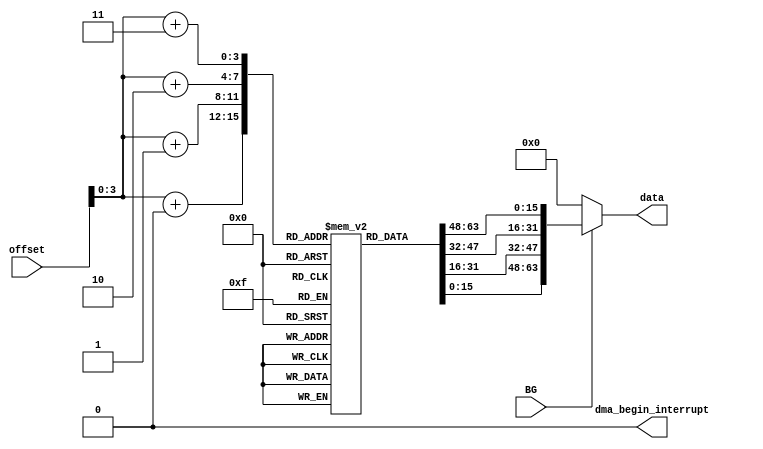
`timescale 1ns/1ns	

`define WORD_SIZE 16
`define BLOCK_SIZE 64


// This is a SAMPLE. You should design your own external_device.
module external_device (data, BG, offset, dma_begin_interrupt);
	
	/* input */
	input BG;    
	input [`WORD_SIZE-1:0] offset;  
    
	/* output */
	output reg dma_begin_interrupt;
	output wire [`BLOCK_SIZE-1:0] data;
	
	/* external device storage */
	reg [`WORD_SIZE-1:0] stored_data [11:0];

	assign data = BG? {stored_data[offset+16'b11],stored_data[offset+16'b10],stored_data[offset+16'b01],stored_data[offset+16'b00]}:64'b0;
	
	
	/* Initialization */
	//assign data = ...
	initial begin
		dma_begin_interrupt <= 0;
		stored_data[0] <= 16'h0000;
		stored_data[1] <= 16'h1111;
		stored_data[2] <= 16'h2222;
		stored_data[3] <= 16'h3333;
		stored_data[4] <= 16'h4444;
		stored_data[5] <= 16'h5555;
		stored_data[6] <= 16'h6666;
		stored_data[7] <= 16'h7777;
		stored_data[8] <= 16'h8888;
		stored_data[9] <= 16'h9999;
		stored_data[10] <= 16'haaaa;
		stored_data[11] <= 16'hbbbb;
	end

	/* Interrupt CPU at some time */
	initial begin
		#50000;
		$display("LOG: Start DMA! #1");
		dma_begin_interrupt = 1;
		#60;						
		dma_begin_interrupt = 0;
		#(150000-60-50000)
		$display("LOG: Start DMA! #2");
		dma_begin_interrupt = 1;
		#60;						
		dma_begin_interrupt = 0;
	end
endmodule